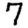
Digit: 7